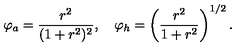
\varphi _ { a } = \frac { r ^ { 2 } } { ( 1 + r ^ { 2 } ) ^ { 2 } } , \quad \varphi _ { h } = \left( \frac { r ^ { 2 } } { 1 + r ^ { 2 } } \right) ^ { 1 / 2 } .